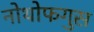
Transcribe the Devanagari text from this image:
नोथोफगुस